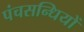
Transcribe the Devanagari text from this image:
पंचसन्धियों